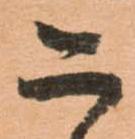
こ